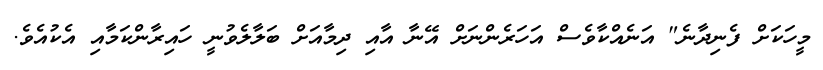
މީހަކަށް ފެނިދާނެ" އަނެއްކާވެސް އަހަރެންނަށް އޭނާ އާއި ދިމާއަށް ބަލާލެވުނީ ހައިރާންކަމާއި އެކުއެވެ.